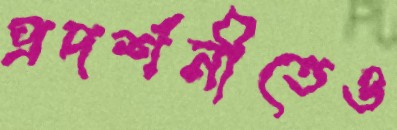
প্রদর্শনীতেও